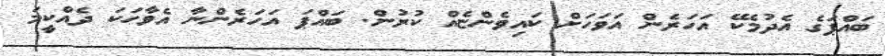
ބައްޕަގެ އެދުމެކޭ އަހަރެން އަވަހަށް ކައިވެންޏެއް ކުރުން. ބައްޕަ އަހަރެންނާ އެވާހަކަ ދެއްކީމަ